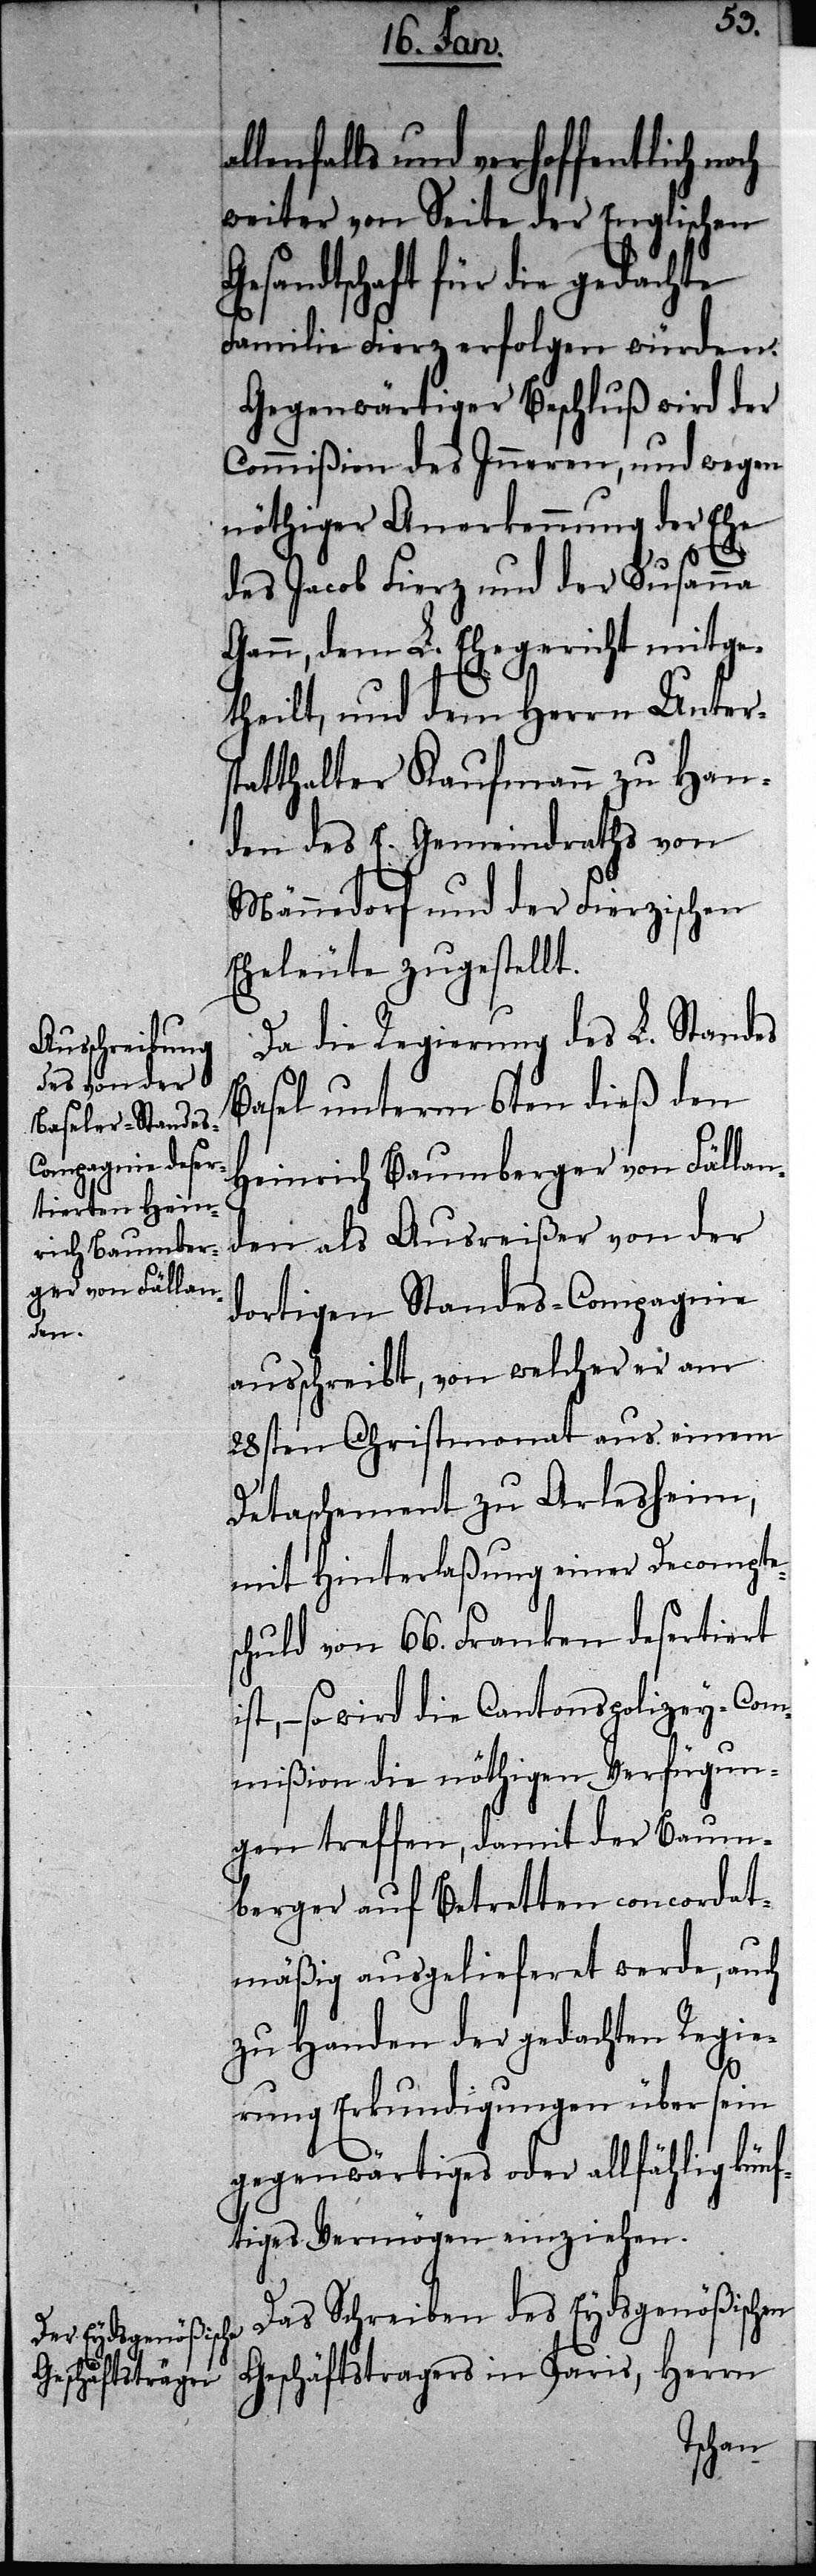
al¬

lenfalls und verhoffentlich
weiter von Seite der Englischen
Gesandtschaft für die gedachte
Familie Fierz erfolgen würden.
Gegenwärtiger Beschluß wird der
Commißion des Inneren, und wegen
nöthiger Anerkennung der Ehe
des Jacob Fierz und der Susanna
Gann, dem L. Ehegericht mitge¬
theilt, und dem Herrn Unters¬
tatthalter Kaufmann zu Han¬
den des E. Gemeindraths von
Männedorf und der Fierzischen
Eheleute zugestellt.
Da die Regierung des L. Standes
Basel unterm 6ten dieß den
Heinrich Baumberger von Fällan¬
den als Ausreißer von der
dortigen Standes-Compagnie
ausschreibt, von welcher er am
28sten Christmonat aus einem
Detaschement zu Arlesheim,
mit Hinterlaßung einer Decomptes¬
chuld von 66. Franken desertiert
ist, – so wird die Cantons-Polizey-Com¬
mißion die nöthigen Verfügun¬
gen treffen, damit der Baum¬
berger auf Betretten concordat¬
mäßig ausgelieferet werde, auch
zu Handen der gedachten Regie¬
rung Erkundigungen über sein
gegenwärtiges oder allfählig künf¬
tiges Vermögen einziehen.
Das Schreiben des Eydsgenößischen
Geschäftstragers in Paris, Herrn